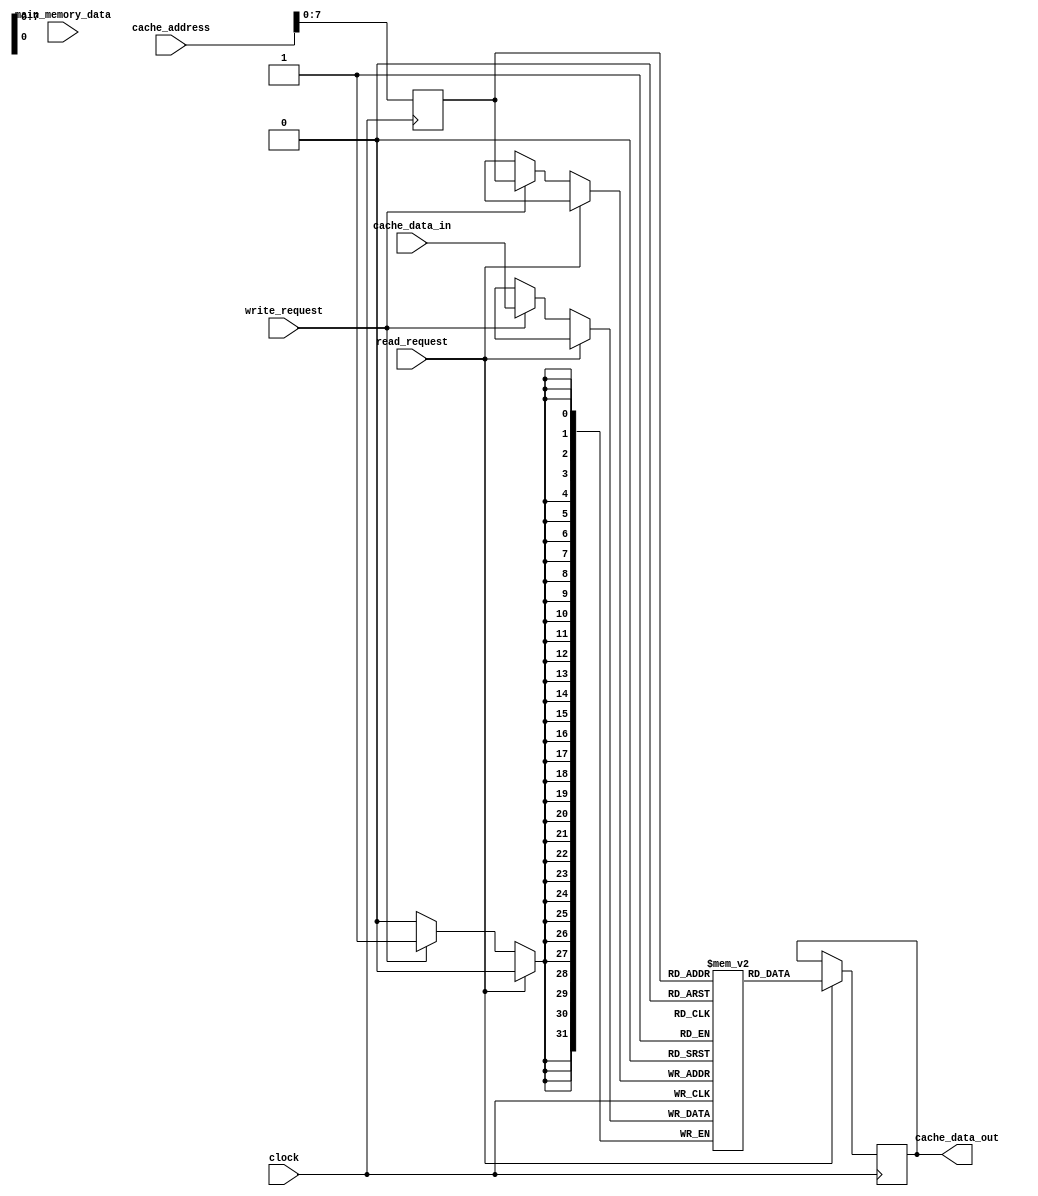
module cache_memory (
    input wire [31:0] main_memory_data,
    input wire [31:0] cache_data_in,
    input wire [31:0] cache_address,
    input wire read_request,
    input wire write_request,
    input wire clock,
    output reg [31:0] cache_data_out
);

reg [31:0] cache_memory [0:255];
reg [31:0] cache_address_reg;

always @(posedge clock) begin
    if (read_request) begin
        cache_data_out <= cache_memory[cache_address_reg];
    end else if (write_request) begin
        cache_memory[cache_address_reg] <= cache_data_in;
    end
end

always @(posedge clock) begin
    cache_address_reg <= cache_address;
end

endmodule